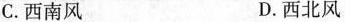
C.西南风 D.西北风